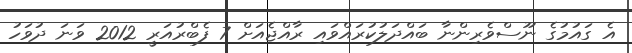
އެ ގައުމުގެ ނޫސްވެރިންނާ ބައްދަލުކުރައްވައި ރާއްޖެއަށް 7 ފެބްރުއަރީ 2012 ވަނަ ދުވަހު